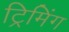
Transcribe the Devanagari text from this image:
ट्रिमिंग